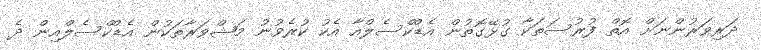
ދަރިވަރުންނަށް އޮތް ފުރުސަތަކާ ގުޅޭގޮތުން އެޑްކްސެލްއާ އެކު ކުރެވުނު މަޝްވަރާތަކުން އެޑްކްސެލްއިން ދެ